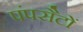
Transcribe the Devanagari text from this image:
पंपसैटों